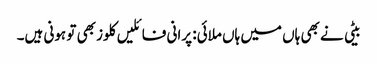
بیٹی نے بھی ہاں میں ہاں ملائی: پرانی فائلیں کلوز بھی تو ہونی ہیں۔